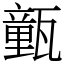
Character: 㼿